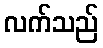
လက်သည်